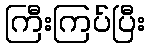
ကြီးကြပ်ပြီး